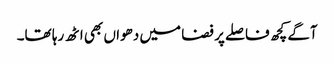
آگے کچھ فاصلے پر فضا میں دھواں بھی اٹھ رہا تھا۔